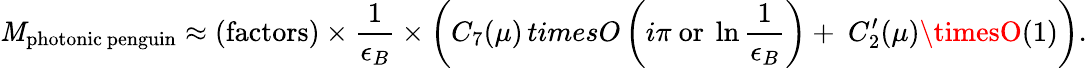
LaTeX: \mathit{M}_{\mathrm{{photonic\ penguin}}}\approx(\mathrm{{factors}})\times{\frac{{1}}{{\epsilon_{B}}}}\times\left(C_{7}(\mu)\, timesO\left(i\pi\ \mathrm{{or}}\ \ln{\frac{{1}}{{\epsilon_{B}}}}\right)+\ C_{2}^{\prime}(\mu)\timesO(1)\right).